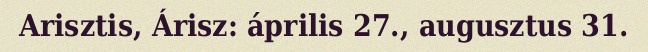
Arisztis, Árisz: április 27., augusztus 31.